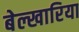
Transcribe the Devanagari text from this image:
बेल्खारिया